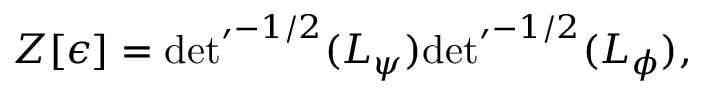
Z [ \epsilon ] = { { \operatorname * { d e t } } ^ { \prime } } ^ { - 1 / 2 } ( L _ { \psi } ) { { \operatorname * { d e t } } ^ { \prime } } ^ { - 1 / 2 } ( L _ { \phi } ) ,